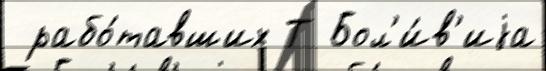
 рабо́тавших Т Бол'и́в'иjа